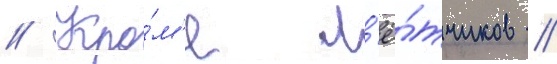
// Кро́м'е л'ё́тчиков /